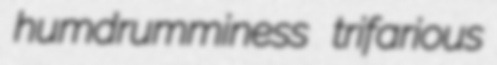
humdrumminess trifarious